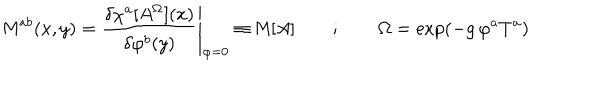
LaTeX: { \sf M } ^ { a b } ( x , y ) = \left. \frac { \delta \chi ^ { a } [ A ^ { \Omega } ] ( x ) } { \delta \varphi ^ { b } ( y ) } \right| _ { \varphi = 0 } \equiv { \sf M } [ A ] \qquad ; \qquad \Omega = \exp ( - g \, \varphi ^ { a } T ^ { a } )